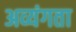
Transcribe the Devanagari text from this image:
अव्यंगता